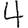
Digit: 4